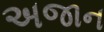
અજાન